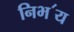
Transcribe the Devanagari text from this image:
निभ॔य